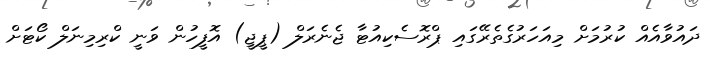
ދައުވާއެއް ކުރުމަށް މިއަހަރުގެތެރޭގައި ޕްރޮސެކިއުޓާ ޖެނެރަލް (ޕީޖީ) އޮފީހުން ވަނީ ކްރިމިނަލް ކޯޓަށް